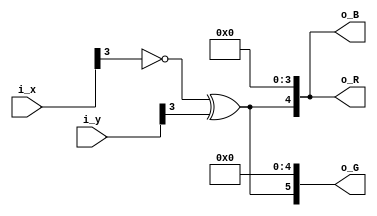
// check board pattern
module pat_checkboard (
    input [8:0] i_x,
    input [8:0] i_y,
    output [4:0] o_R,
    output [5:0] o_G,
    output [4:0] o_B
);

wire on = ~i_x[3] ^ i_y[3];

assign o_R = {on, 4'b0};
assign o_G = {on, 5'b0};
assign o_B = {on, 4'b0};

endmodule